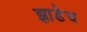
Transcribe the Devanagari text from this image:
झाडेच